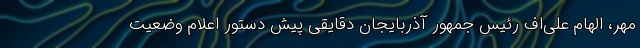
مهر، الهام علی‌اف رئیس جمهور آذربایجان دقایقی پیش دستور اعلام وضعیت